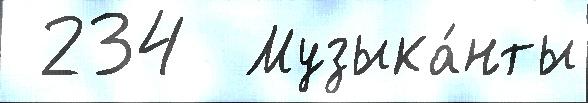
 234  Музыка́нты